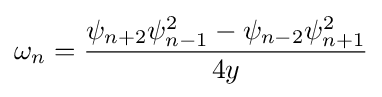
\omega _{n}={\frac {\psi _{n+2}\psi _{n-1}^{2}-\psi _{n-2}\psi _{n+1}^{2}}{4y}}